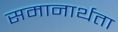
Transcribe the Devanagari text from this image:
समानार्थता